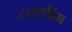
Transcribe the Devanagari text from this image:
टायपींग